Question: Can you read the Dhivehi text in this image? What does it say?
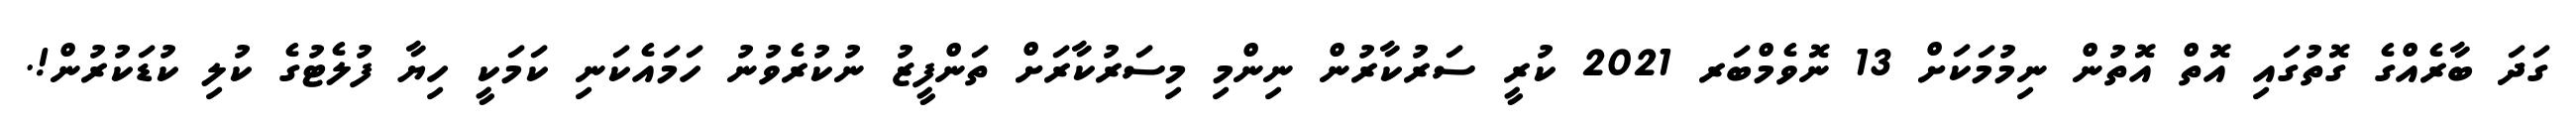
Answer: ގަދަ ބާރެއްގެ ގޮތުގައި އޮތް އޮތުން ނިމުމަކަށް 13 ނޮވެމްބަރ 2021 ކުރީ ސަރުކާރުން ނިންމި މިސަރުކާރަށް ތަންފީޒު ނުކުރެވުނު ހަމައެކަނި ކަމަކީ ހިޔާ ފުލެޓުގެ ކުލި ކުޑަކުރުން!.